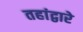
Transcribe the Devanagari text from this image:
तहांद्वारे